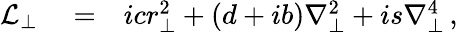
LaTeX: \begin{array}{rlr}{\mathcal{L}_{\perp}}&{{}=}&{icr_{\perp}^{2}+\left(d+ib\right)\nabla_{\perp}^{2}+is\nabla_{\perp}^{4}\, ,}\end{array}